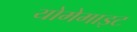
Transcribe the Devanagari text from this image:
योमेमाइट